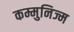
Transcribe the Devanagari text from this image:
कम्मुनिज्म